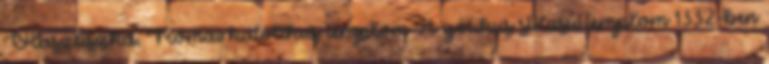
Olaszliszka, Római katolikus templom A gótikus stílusú templom 1332-ben